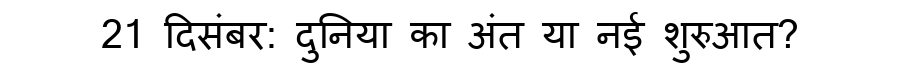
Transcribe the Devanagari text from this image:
21 दिसंबर: दुनिया का अंत या नई शुरुआत?